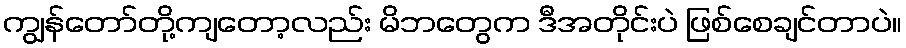
ကျွန်တော်တို့ကျတော့လည်း မိဘတွေက ဒီအတိုင်းပဲ ဖြစ်စေချင်တာပဲ။